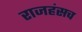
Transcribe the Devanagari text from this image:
राजहंसच